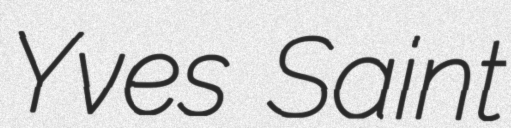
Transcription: Yves Saint